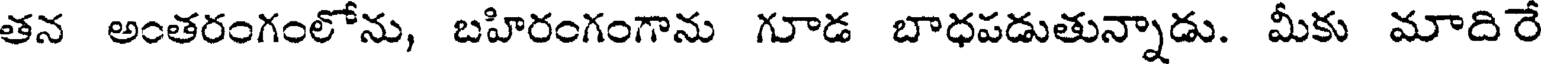
తన అంతరంగంలోను, బహిరంగంగాను గూడ బాధపడుతున్నాడు. మీకు మాదిరే